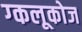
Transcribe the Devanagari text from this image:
ग्कलूकोज